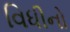
વિધીનો